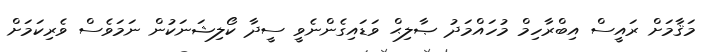
މަޤާމަށް ރައީސް އިބްރާހިމް މުހައްމަދު ޞާލިޙް ވަޑައިގެންނެވީ ސީދާ ކޯލިޝަނަކުން ނަމަވެސް ވެރިކަމަށް